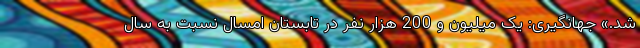
شد.» جهانگیری: یک میلیون و 200 هزار نفر در تابستان امسال نسبت به سال